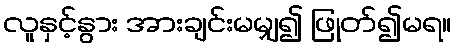
လူနှင့်နွား အားချင်းမမျှ၍ ဖြုတ်၍မရ။